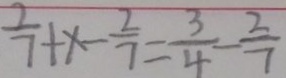
\frac { 2 } { 7 } + x - \frac { 2 } { 7 } = \frac { 3 } { 4 } - \frac { 2 } { 7 }